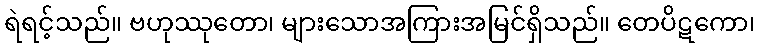
ရဲရင့်သည်။ ဗဟုဿုတော၊ များသောအကြားအမြင်ရှိသည်။ တေပိဋကော၊